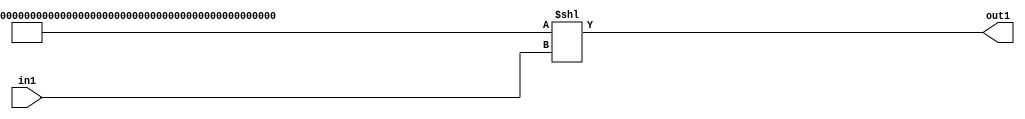
`timescale 1ps / 1ps
/*****************************************************************************
    Verilog RTL Description
    
    
    Created by: Stratus DpOpt 2019.1.01 
*******************************************************************************/

module cache_LeftShift_320U_12_4_0 (
	in1,
	out1
	); /* architecture "behavioural" */ 
input [21:0] in1;
output [319:0] out1;
wire [319:0] asc001;

assign asc001 = 320'B11111111111111111111111111111111111111111111111111111111111111111111111111111111111111111111111111111111111111111111111111111111111111111111111111111111111111111111111111111111111111111111111111111111111111111111111111111111111111111111111111111111111111111111111111111111111111111111111111111111111111111111111111111110
    << in1;

assign out1 = asc001;
endmodule

/* CADENCE  vrj5TAo= : u9/ySgnWtBlWxVPRXgAZ4Og= ** DO NOT EDIT THIS LINE ******/